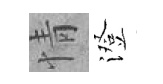
情澄